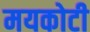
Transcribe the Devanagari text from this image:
मयकोटी